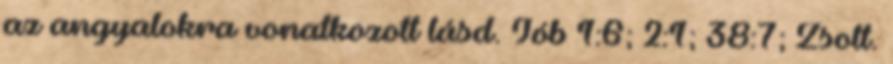
az angyalokra vonatkozott lásd. Jób 1:6; 2:1; 38:7; Zsolt.